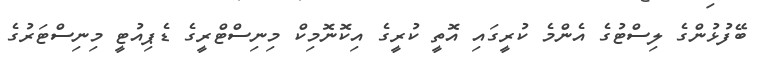
ބޭފުޅުންގެ ލިސްޓުގެ އެންމެ ކުރީގައި އޮތީ ކުރީގެ އިކޮނޮމިކް މިނިސްޓްރީގެ ޑެޕިއުޓީ މިނިސްޓަރުގެ